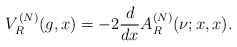
\begin{align*}V^{(N)}_R(g,x)=-2\frac{d}{dx}A^{(N)}_R(\nu;x,x).\end{align*}